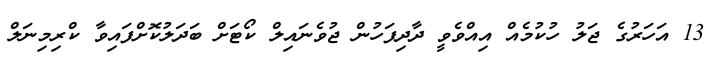
13 އަހަރުގެ ޖަލު ހުކުމެއް އިއްވެވީ ދާދިފަހުން ޖުވެނައިލް ކޯޓަށް ބަދަލުކޮށްފައިވާ ކްރިމިނަލް